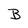
Character: B